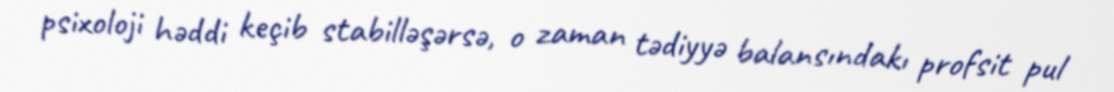
psixoloji həddi keçib stabilləşərsə, o zaman tədiyyə balansındakı profsit pul